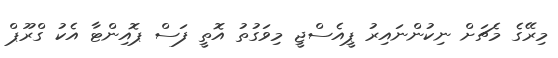
މިރޭގެ މެޗަށް ނިކުންނައިރު ޕީއެސްޖީ މިވަގުތު އޮތީ ފަސް ޕޮއިންޓާ އެކު ގްރޫޕް